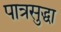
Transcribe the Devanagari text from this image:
पात्रसुद्धा